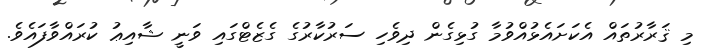
މި ޤަރާރުތައް އެކަށައެޅުއްވުމާ ގުޅިގެން ދިވެހި ސަރުކާރުގެ ގެޒެޓްގައި ވަނީ ޝާއިޢު ކުރައްވާފައެވެ.